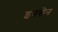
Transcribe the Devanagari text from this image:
इनसेन